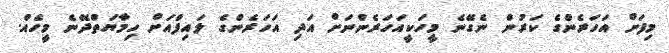
މިފަށް އަހަރެންގެ ކަރުން ނެގޭނެ މީހަކީއަހަރެންނަށް އަދި އަހަރެންގެ ލައިފްއަށް ހިމާޔަތްދޭނެ މީހެއް.